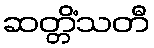
ဆတ္တိံသတီ